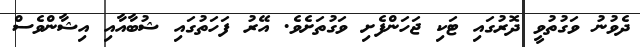
ދެވުނު ވަގުތުވީ ދޮރުގައި ޓަކި ޖަހަންފެށި ވަގުތަށެވެ. އޭރު ފަހަތުގައި ޝުބާއާއި އިޝާންވެސް